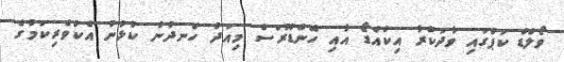
ވޯލްޑް ކަޕްގައި ވާދަކުރާ އިކުއެޑޯ އާއި ހޮންޑޫރަސް މިއަދު ހެނދުނު ކުޅުނު އެކުވެރިކަމުގެ